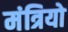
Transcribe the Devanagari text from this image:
मंत्रियो